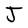
Character: J